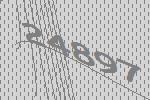
24897